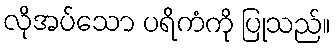
လိုအပ်သော ပရိကံကို ပြုသည်။